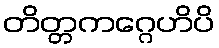
တိတ္တကဂ္ဂေဟိပိ